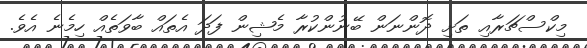
މިކްސްޗަރާއި ތަށި ދޮންނަން ބޭނުންކުރާ މެޝިން ފަދަ އެތައް ބާވަތެއް ހިމެނެ އެވެ.